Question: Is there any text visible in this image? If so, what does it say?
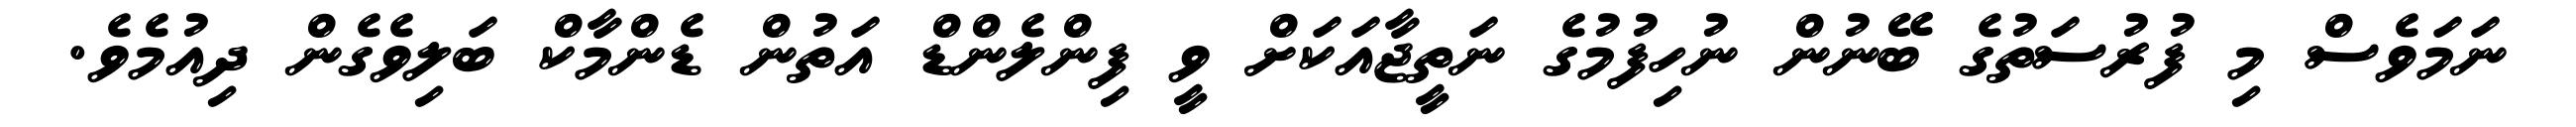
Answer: ނަމަވެސް މި ފުރުސަތުގެ ބޭނުން ނުހިފުމުގެ ނަތީޖާއަކަށް ވީ ފިންލެންޑް އަތުން ޑެންމާކް ބަލިވެގެން ދިއުމެވެ.